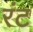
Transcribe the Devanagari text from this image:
रंट